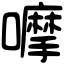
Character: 嚤